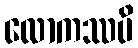
လောကဿပိ